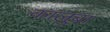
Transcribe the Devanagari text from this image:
कालुबा